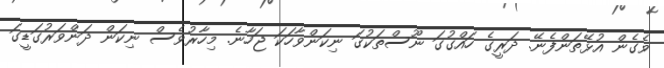
ވެގެން އުޅޭތަންފެނޭ. ދަރީގެ ހައްގުގަ ނޫސްތަކުގަ ނިކަންވާހަކަ ޖަހާނެ. މިހާރުވެސް ނިކަން ދަންވަރުގަޑީގަ